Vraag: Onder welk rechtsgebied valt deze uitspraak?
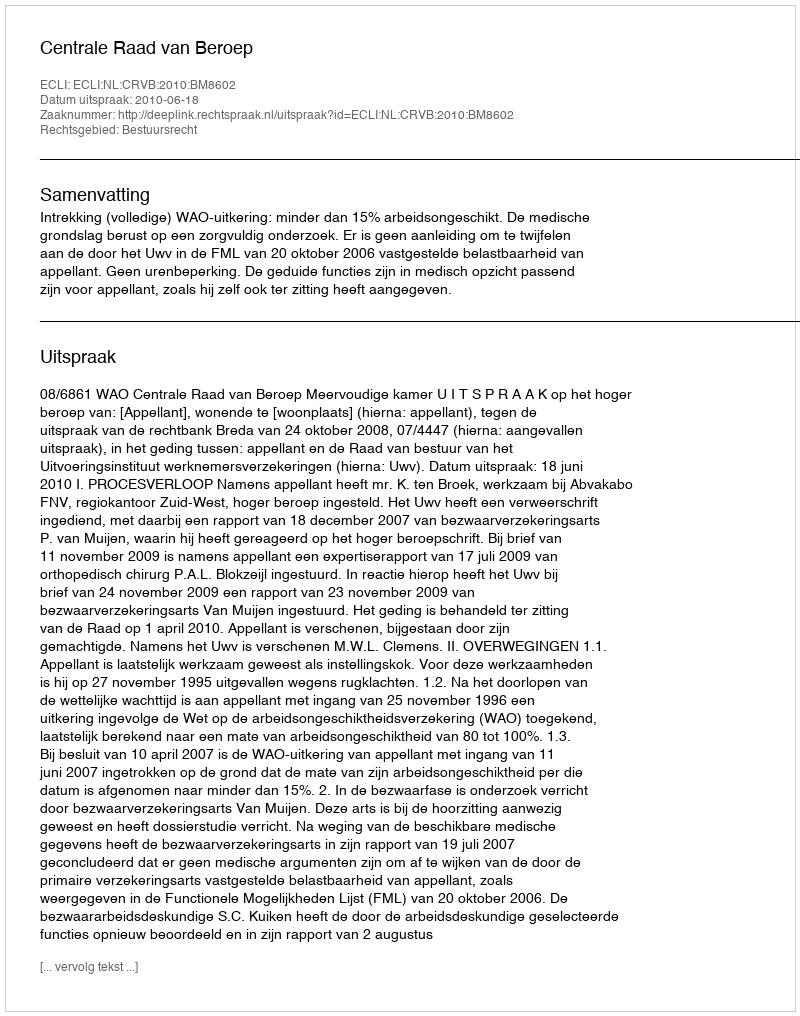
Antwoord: Bestuursrecht